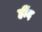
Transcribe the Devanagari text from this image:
हींद